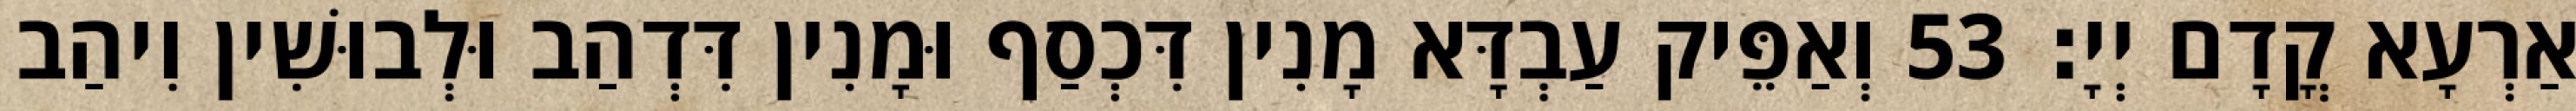
אַרְעָא קֳדָם יְיָ׃ 53 וְאַפֵּיק עַבְדָּא מָנִין דִּכְסַף וּמָנִין דִּדְהַב וּלְבוּשִׁין וִיהַב